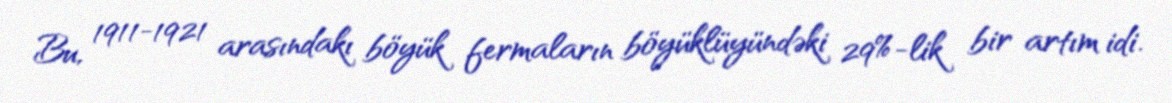
Bu, 1911-1921 arasındakı böyük fermaların böyüklüyündəki 29%-lik bir artım idi.